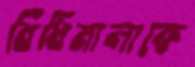
বিধিমালাকে